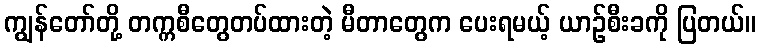
ကျွန်တော်တို့ တက္ကစီတွေတပ်ထားတဲ့ မီတာတွေက ပေးရမယ့် ယာဉ်စီးခကို ပြတယ်။